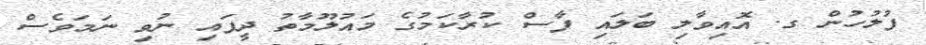
ފުލުހުން ގ. އޮއިވާލި ބަލައި ފާސް ކުރާކަމުގެ މައުލޫމާތު ދީފައި ނުވި ނަމަވެސް